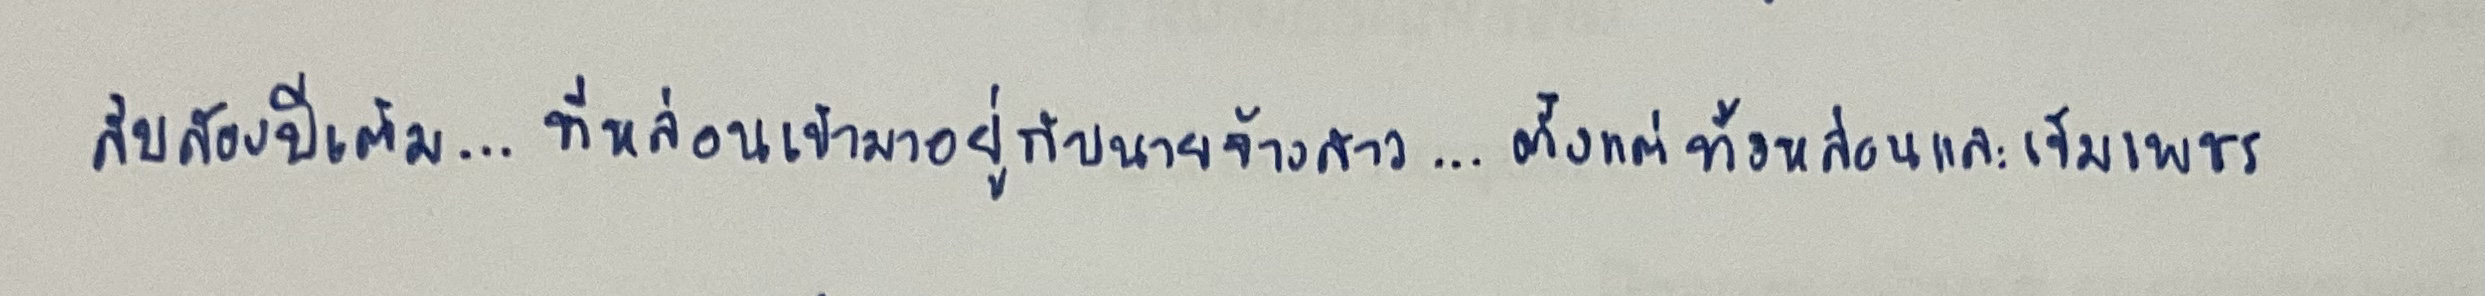
สิบสองปีเต็ม...ที่หล่อนเข้ามาอยู่กับนายจ้างสาว...ตั้งแต่ทั้งหล่อนและเข็มเพชร